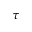
\tau